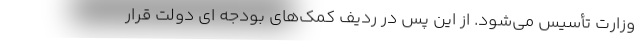
وزارت تأسیس می‌شود. از این پس در ردیف کمک‌های بودجه ای دولت قرار